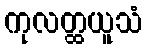
ကုလတ္ထယူသံ